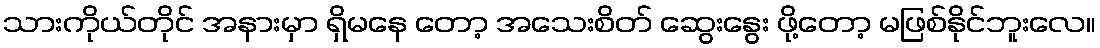
သားကိုယ်တိုင် အနားမှာ ရှိမနေ တော့ အသေးစိတ် ဆွေးနွေး ဖို့တော့ မဖြစ်နိုင်ဘူးလေ။